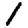
Digit: 1